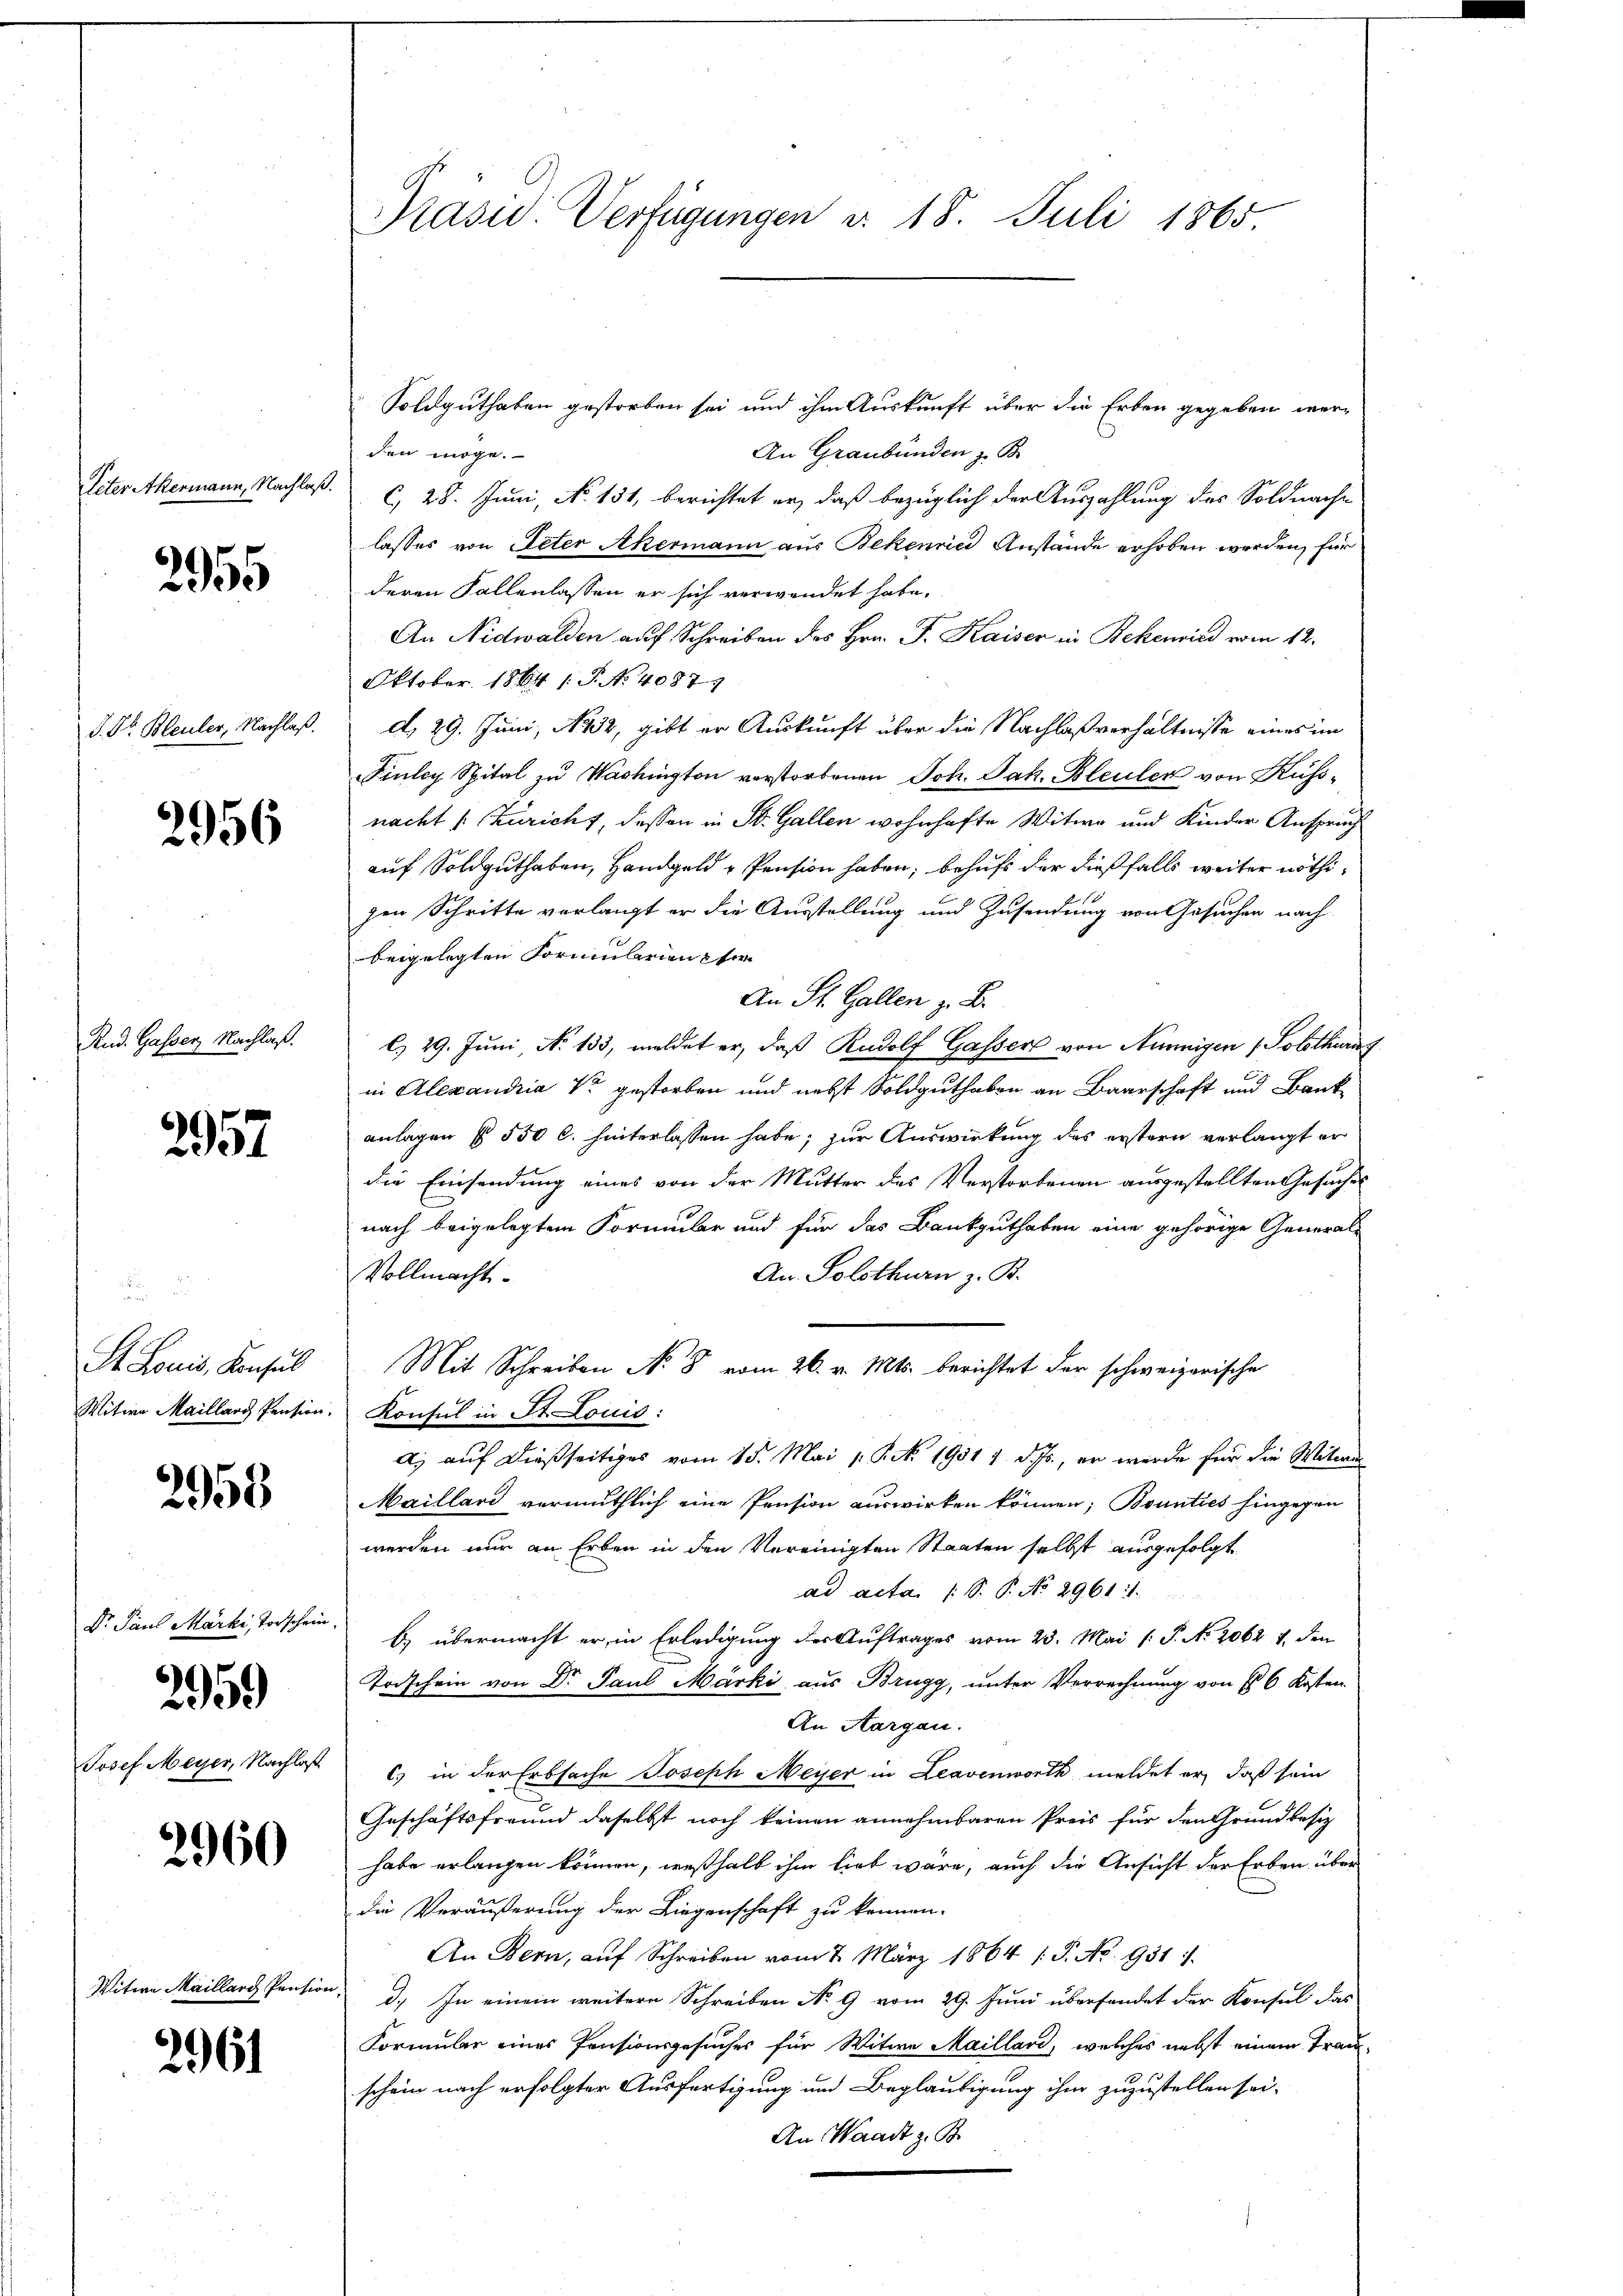
Reter Akermann, Nachlaß.

2955

J. Dr. Bleuler, Nachlaß.

2956

Rud. Gasser Nachlaß.

2957.

d
St. Louis, Konsul
Witwe Maillard Pension.

2958

Dr Paul Marki, Torschein
Josef Meyer, Nachlaß

2959

2960

Witwe Maillard Pensio

296

Präsid. Verfügungen d. 18. Juli 1865.

Soldguthaben gestorben sei und ihm Auskunft über die Erben gegeben wer¬
An Graubünden z. B.
den möge.
C, 28. Juni, N. 131, berichtet er, daß bezüglich der Auszahlung des Soldnach
lasses von Peter Akermann aus Bekenried Anstände erhoben worden, für
deren Fallenlassen er sich verwendet habe.
An Nidwalden auf Schreiben des Hrn. F. Kaiser in Bekenried vom 12.
Oktober 1864 1 S. Nr. 4087
d. 29. Juni 1852, gibt er Auskunft über die Nachlaßverhältnisse eines im
Piuley Spital zu Washington verstorbenen Joh. Jak. Bleuler von Küssnacht /: Züricht, dessen in St. Gallen wohnhafte Witwe und Kinder Anspruch
auf Soldguthaben, Handgeld - Pension haben, behufs der dießfalls weiter nöthigen Schritte verlangt er die Ausstellung und Zusendung von Gesuchen nach
beigelegten Formenberien ser
An St. Gallen z. B.
l. 29. Juni, No 133, meldet er, daß Rudolf Gasser von Ninnigen (Solothurn
in Alexandria V gestorben und nebst Soldguthaben an Baarschaft und Bankanlagen § 550 l. hinterlassen habe; zur Auswirkung des erstern verlangt er
die Einsendung eines von der Mutter des Verstorbenen ausgestellten Gesuches
nach beigelegtem Formular und für das Bankguthaben eine gehörige General-
An. Solothurn z. B.
Vollmacht.
Mit Schreiben N. 8 vom 26. v. Mts. berichtet der schweizerische
Konsul in St. Louis:
Ai auf dießseitiges vom 15. Mai 1 S. 1901 1 d. Js., er wurde für die Witwe
Maillard vermuthlich eine Pension auswirken können; Bounties hingegen
werden nur an Erben in den Vereinigten Staaten selbst ausgefolgt
ad acta 1 S. P. No 29611.
b) übermacht er, in Erledigung der Auftrages vom 23. Mai /: P. No. 2062 v. den
Todschein von Dr Paul Märki aus Brugg, unter Verrechnung von § 6 Kosten
An Aargau.
c.) in der Erbsache Joseph Meyer in Leavenworth meldet er, daß sein
Geschäftsfreund daselbst noch keinen annehmbaren Preis für den Grundbesiz
habe erlangen können, weßhalb ihm lieb wäre, auch die Ansicht der Erben über
die Veräußerung der Liegenschaft zu können.
An Bern, auf Schreiben vom 2. März 1864 s. S. Nr. 951 :
d.) In einem weitere Schreiben No 9 vom 29. Juni übersendet der Konsul das
Formular eines Pensionsgesuches für Witwe Maillard, welches nebst einem Trau-
schein nach erfolgter Ausfertigung und Beglaubigung ihm zuzustellen sei.
An Waadt z. B.